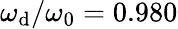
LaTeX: \omega_{\mathrm{d}}/\omega_{0}=0.980